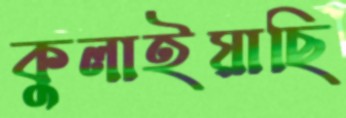
কুলাইয়াছি